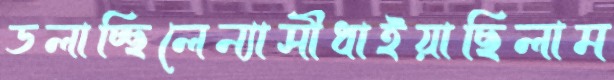
ডলাচ্ছিলেন্যাসীধাইয়াছিলাম